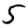
Digit: 5